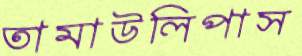
তামাউলিপাস